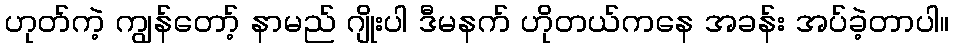
ဟုတ်ကဲ့ ကျွန်တော့် နာမည် ဂျိုးပါ ဒီမနက် ဟိုတယ်ကနေ အခန်း အပ်ခဲ့တာပါ။